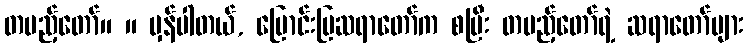
တပည့်တော်။ ။ မှန်ပါတယ်, မြောင်းမြဆရာတော်က စပြီး တပည့်တော်ရဲ့ ဆရာတော်များ